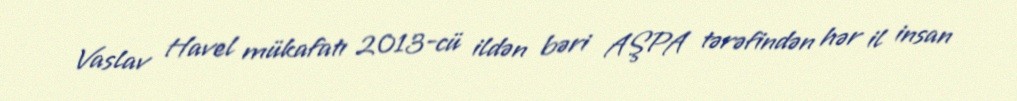
Vaslav Havel mükafatı 2013-cü ildən bəri AŞPA tərəfindən hər il insan